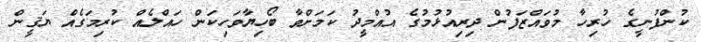
ކުންފުނީގެ ހުރިހާ މުވައްޒަފުން ދިރިއުޅުމުގެ އުއްމީދު ކަމަށްވާ ބޯހިޔާވަހިކަން ހައްލެއް ކުރިމަގެއް ޔަޤީން